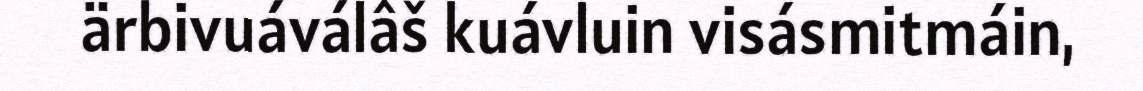
ärbivuáválâš kuávluin visásmitmáin,